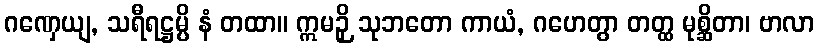
ဂဏှေယျ, သရီရဋ္ဌမ္ပိ နံ တထာ။ ဣမဉှိ သုဘတော ကာယံ, ဂဟေတွာ တတ္ထ မုစ္ဆိတာ၊ ဗာလာ